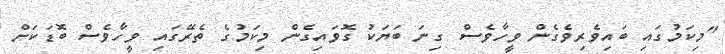
"މިކަމުގައި ބައިވެރިވެގެން ވީހާވެސް ގިނަ ބަޔަކު ގޮވައިގެން މިކަމުގެ ތެރޭގައި ވީހާވެސް ބޮޑަކަށް